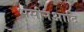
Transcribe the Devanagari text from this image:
भसीनआदि